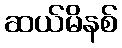
ဆယ်မိနစ်